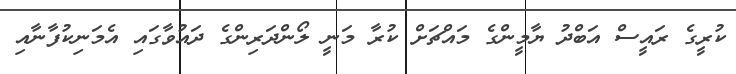
ކުރީގެ ރައީސް އަބްދު ޔާމީންގެ މައްޗަށް ކުރާ މަނީ ލޯންދަރިންގެ ދައުވާގައި އެމަނިކުފާނާއި